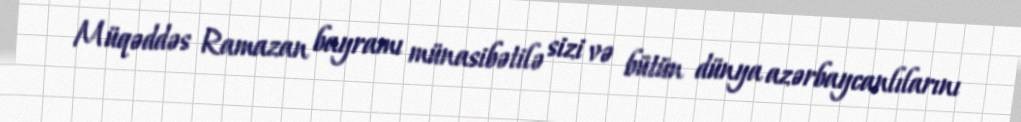
Müqəddəs Ramazan bayramı münasibətilə sizi və bütün dünya azərbaycanlılarını